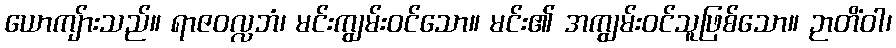
ယောကျ်ားသည်။ ရာဇဝလ္လဘံ၊ မင်းကျွမ်းဝင်သော။ မင်း၏ အကျွမ်းဝင်သူဖြစ်သော။ ဉာတိံဝါ၊